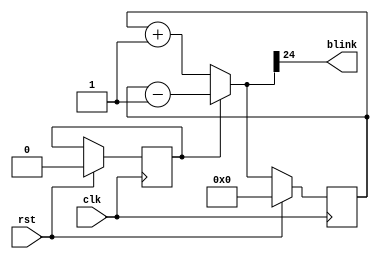
`timescale 1ns / 1ps
//////////////////////////////////////////////////////////////////////////////////
// Company: 
// Engineer: 
// 
// Design Name: 
// Module Name:    blinker 
// Project Name: 
// Target Devices: 
// Tool versions: 
// Description: 
//
// Dependencies: 
//
// Revision: 
// Revision 0.01 - File Created
// Additional Comments: 
//
//////////////////////////////////////////////////////////////////////////////////
module blinker(
    input clk,
	 input rst,
	 output blink
    );

// flipflop signals
reg [24:0] counter_q, counter_d;

// direction bit, 0 is increasing, 1 is decreasing
reg dir;

// blink output is the MSB of counter_d, on half time, off half time
assign blink = counter_d[24];

// increment or decrement the counter
always@(counter_q) begin
    if (dir) begin
	     counter_d = counter_q - 1'b1;
    end else begin
	     counter_d = counter_q + 1'b1;
	 end
end

// implement the D-flipflop
always@(posedge clk) begin
   if (rst) begin
	   counter_q <= 25'b0;
		dir <= 1'b0;
	end else begin
	    counter_q <= counter_d;
	end
end

endmodule